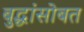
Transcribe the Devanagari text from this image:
बुद्धांसोबत